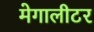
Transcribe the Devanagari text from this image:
मेगालीटर